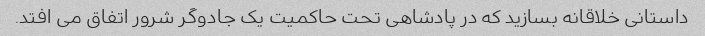
داستانی خلاقانه بسازید که در پادشاهی تحت حاکمیت یک جادوگر شرور اتفاق می افتد.